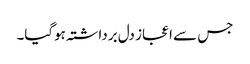
جس سے اعجاز دل برداشتہ ہوگیا۔